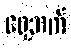
ရှေ့ဘက်